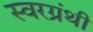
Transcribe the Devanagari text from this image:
स्वरग्रंथी